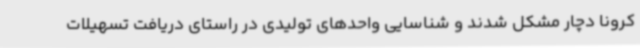
کرونا دچار مشکل شدند و شناسایی واحدهای تولیدی در راستای دریافت تسهیلات